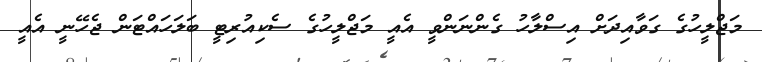
މަޖްލީހުގެ ގަވާއިދަށް އިސްލާހު ގެންނަންވީ އެއީ މަޖްލީހުގެ ސެކިއުރިޓީ ބަލަހަައްޓަން ޖެހޭނީ އެއީ